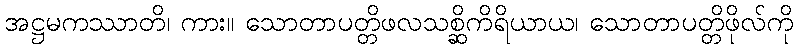
အဋ္ဌမကဿာတိ၊ ကား။ သောတာပတ္တိဖလသစ္ဆိကိရိယာယ၊ သောတာပတ္တိဖိုလ်ကို